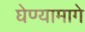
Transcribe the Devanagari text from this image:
घेण्यामागे